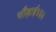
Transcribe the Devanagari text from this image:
चौड़ाई४६५